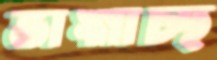
ভাঙ্গাচ্ছ